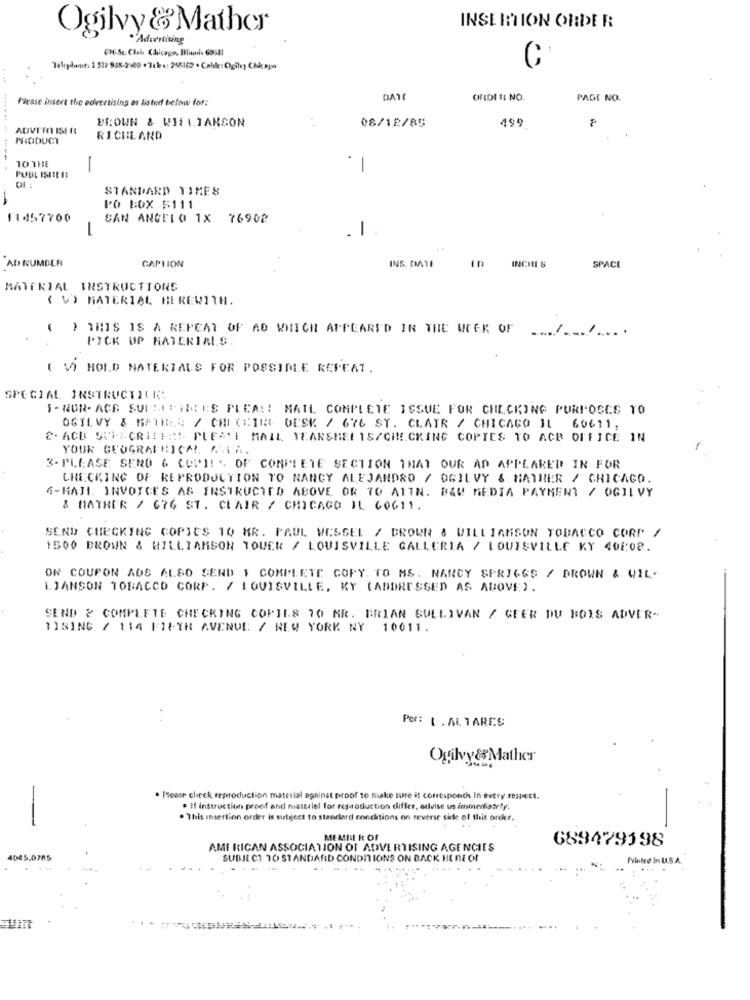
Ogilvy & Mather
INSERTION ORDER
Advertising
676 54. Clai Chicago, Illinois 6051]
Teligdanie: 1 517 958-2900 · 7th .: 25512 . Cable:Ogilvy Chk pro
C
Please insert the edvertising as listed below for:
DATE
OFDI I: NO.
PAGE NO.
BROWN & WILLIANCON
08/12/85
ADVI'm ISE ft
499.
PHCIDUCT
RICHLAND
10 THE
-
1
PUBL ISHEE EE
OF :
STANDARD TIMES
PO BOX 5111
11457700
SAN ANGELO 1X 76902
-
-
.
AD RUMBER
CAPTION
INCHI &
INS. DATE
SPACE
MATERIAL INSTRUCTIONS
( V) MATERIAL HEREWITH.
( ) THIS IS A REPEAT OF AD WHICH APPEARED IN THE WEEK OF /
PICK UP MATERIALS.
( V) HOLD MATERIALS FOR POSSIDLE REPEAT.
SPECIAL INSTRUCTIONS
S- NUR. ACE SULSERIE: ES PLEA :! MAIL CONPLETE ISSUE FOR CHECKING PURPOSES 10
OGILVY & HAIR ::: / CHI CHINE DESK / 676 ST. CLAIR / CHICAGO IL 60611.
2. ACO SILACRILES! PLEA'I MAIL YEARSHEL IS/CHECKING COPIES TO ACB OFFICE IN
YOUR GEOGRAPHICAL MIA.
3- PLEASE SERO 6 COPIES OF CONPLETE SECTION THAT OUR AD APPEARED IN FOR
CHECKING OF REPRODUCTION TO NANCY ALEJANDRO / OGILVY & MATHER / CHICAGO.
4-HAJI. INVOICES AS INSTRUCTED ABOVE OR TO ATTN. B&W MEDIA PAYMENT / OGILVY
& MATHER / 676 ST. CLAIR / CHICAGO IL 60611.
SEND CHECKING COPIES 10 MR. PAUL WESSEL / BROWN & WILLIAMSON TOBACCO CORP /
1500 BROWN & WILLIAMSON TOUER / LOUISVILLE GALLCRIA / LOUISVILLE KY 408:02.
ON COUPON ADS ALSO SEND 1 COMPLETE COPY. TO MS. NANCY SERIGGS / DROWN & WIL-
L.JANSON TOBACCO CORP. / LOUISVILLE, KY (ADDRESSED AS ABOVE).
SEND & COMPLETE CHECKING COPIES 70 MR. BRIAN SULLIVAN / GEER DU BOIS ADVER-
1)SING / 114 FIFTH AVENUE / NEW YORK NY 10011.
Por: [ . ALTARES
Ogilvy& Mather
-
Please check reproduction material against proof to make sure it correspondis In every respect.
If instruction proof and material for reproduction differ, advise us immediately.
. This insertion order is subject to stanelard conditions on reverse side of this order.
MEMBER OF
689479398
AMERICAN ASSOCIATION OF ADVERTISING AGENCIES
4045.0705
SUBJECT 70 STANDARD CONDITIONS ON BACK HERE OF
vintee In U.S.A.
... .